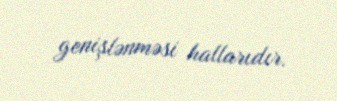
genişlənməsi hallarıdır.